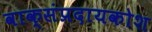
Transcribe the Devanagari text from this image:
वाक्संप्रदायकोश